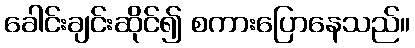
ခေါင်းချင်းဆိုင်၍ စကားပြောနေသည်။